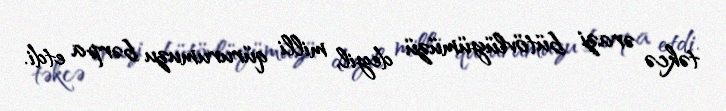
təkcə ərazi bütövlüyümüzü deyil, milli qürurumuzu bərpa etdi.